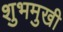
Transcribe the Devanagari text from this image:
शुभमुखी